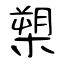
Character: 槊